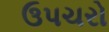
ઉપચરો